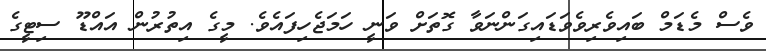
ވެސް މެޑަމް ބައިވެރިވެވަޑައިގަންނަވާ ގޮތަށް ވަނީ ހަމަޖެހިފައެވެ. މީގެ އިތުރުން އައްޑޫ ސިޓީގެ